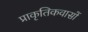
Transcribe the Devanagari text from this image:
प्राकृतिकवासों